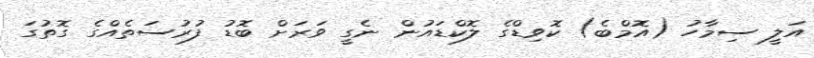
އަލީ ސިމާހު (އޮމްބެ) ކޮވިޑްގެ ލޮކްޑައުން ނެގީ ވަރަށް ބޮޑު ފުރުސަތެއްގެ ގޮތުގަ